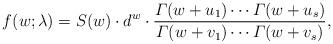
LaTeX: \begin{align*} f(w; \lambda) = S(w) \cdot d^w \cdot \dfrac{\varGamma(w+u_1) \cdots \varGamma(w+u_s)}{\varGamma(w+v_1) \cdots \varGamma(w+v_s) },\end{align*}